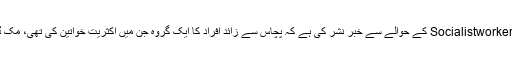
شبستان نیوز ایجنسی نے نیوز ویب Socialistworker کے حوالے سے خبر نشر کی ہے کہ پچاس سے زائد افراد کا ایک گروہ جن میں اکثریت خواتین کی تھی، مک ڈونلڈ ریستوران کے سامنے جمع ہوا۔